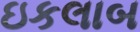
ઇકલાબ